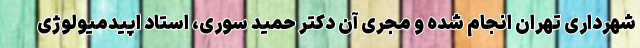
شهرداری تهران انجام شده و مجری آن دکتر حمید سوری، استاد اپیدمیولوژی